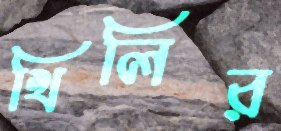
খিলির